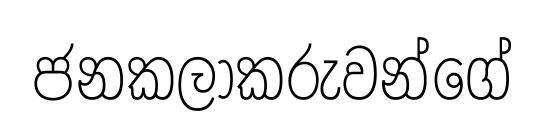
ජනකලාකරුවන්ගේ